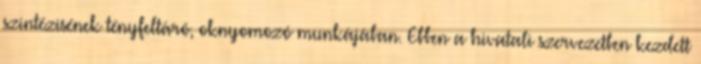
szintézisének tényfeltáró, oknyomozó munkájában. Eb­ben a hivatali szervezetben kezdett